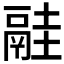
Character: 𩰳